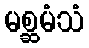
မစ္ဆမံသံ